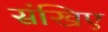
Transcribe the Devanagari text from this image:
संखिए